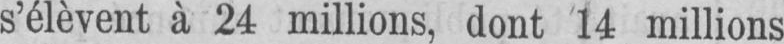
s’élèvent à 24 millions, dont 14 millions